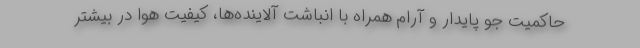
حاکمیت جو پایدار و آرام همراه با انباشت آلاینده‌ها، کیفیت هوا در بیشتر